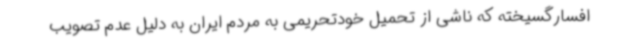
افسارگسیخته که ناشی از تحمیل خودتحریمی به مردم ایران به دلیل عدم تصویب